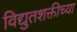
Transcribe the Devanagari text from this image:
विद्युतशक्तीच्या